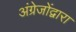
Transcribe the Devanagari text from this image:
अंग्रेजोंद्वारा